Problem: 19 + 10 = ?
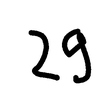
Handwritten answer: 29